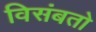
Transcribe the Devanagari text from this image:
विसंबतो